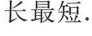
长最短.